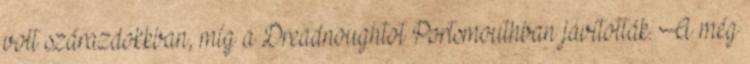
volt szárazdokkban, míg a Dreadnoughtot Portsmouthban javították. A még